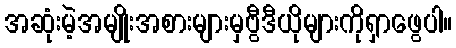
အဆုံးမဲ့အမျိုးအစားများမှဗွီဒီယိုများကိုရှာဖွေပါ။